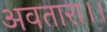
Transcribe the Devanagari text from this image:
अवतारा।।